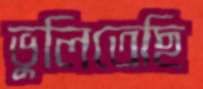
ভুলিতেছি